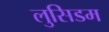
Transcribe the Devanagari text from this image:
लुसिडम